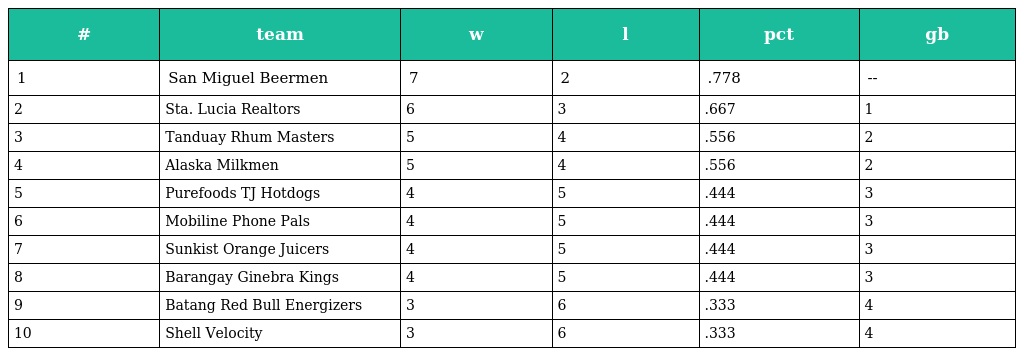
| # | team | w | l | pct | gb |
 | --- | --- | --- | --- | --- | --- |
 | 1 | San Miguel Beermen | 7 | 2 | .778 | -- |
 | 2 | Sta. Lucia Realtors | 6 | 3 | .667 | 1 |
 | 3 | Tanduay Rhum Masters | 5 | 4 | .556 | 2 |
 | 4 | Alaska Milkmen | 5 | 4 | .556 | 2 |
 | 5 | Purefoods TJ Hotdogs | 4 | 5 | .444 | 3 |
 | 6 | Mobiline Phone Pals | 4 | 5 | .444 | 3 |
 | 7 | Sunkist Orange Juicers | 4 | 5 | .444 | 3 |
 | 8 | Barangay Ginebra Kings | 4 | 5 | .444 | 3 |
 | 9 | Batang Red Bull Energizers | 3 | 6 | .333 | 4 |
 | 10 | Shell Velocity | 3 | 6 | .333 | 4 |